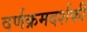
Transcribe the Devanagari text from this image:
वर्णक्रमदर्शकी